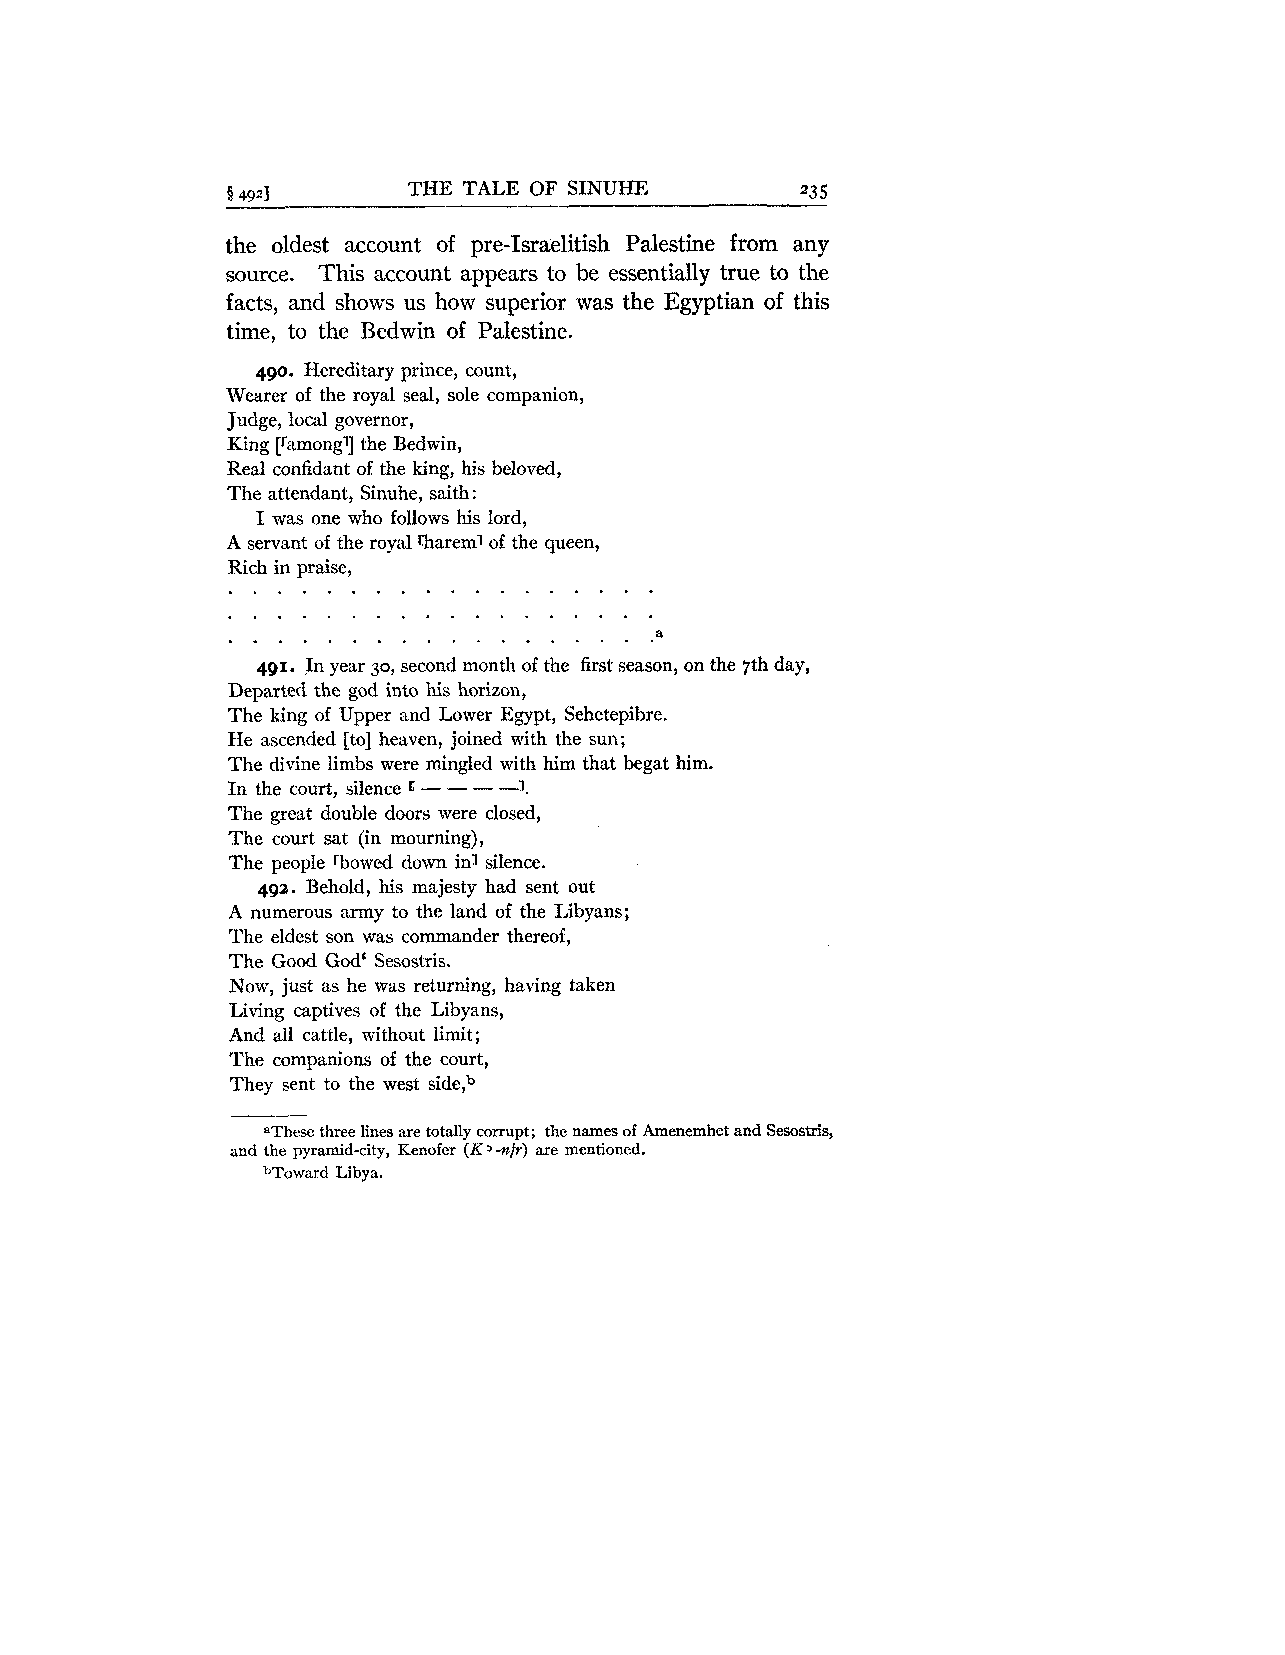
§ 4921      THE TALE OF SINUHE        23 5
 the oldest account of pre-Israelitish Palestine from any
 source. This account appears to be essentially true to the
 facts, and shows us how superior was the Egyptian of this
 time, to the Bedwin of Palestine.
 490. Hereditary prince, count,
 Wearer of the royal seal, sole companion,
 Judge, local governor,
 King [ramongl] the Bedwin,
 Real confidant of the king, his beloved,
 The attendant, Sinuhe, saith:
 I was one who follows his lord,
 A servant of the royal rhareml of the queen,
 Rich in praise,
 . . . . . . . . . . . . . . . . . .
 491. In year 30, second month of the first season, on the 7th day,
 Departed the god into his horizon,
 The king of Upper and Lower Egypt, Sehetepibre.
 He ascended [to] heaven, joined with the sun;
 The divine limbs were mingled with him that begat him.
 In the court, silence E - - - -1.
 The great double doors were closed,
 The court sat (in mourning),
 The people 'bowed down in] silence.
 492. Behold, his majesty had sent out
 A numerous army to the land of the Libyans;
 The eldest son was commander thereof,
 The Good God' Sesostris.
 Now, just as he was returning, having taken
 Living captives of the Libyans,
 And all cattle, without limit;
 The companions of the court,
 They sent to the west side,b
 "These three lines are totally corrupt; the names of Amenemhet and Sesostris,
 and the pyramid-city, Kenofer (K +fr) are mentioned.
 bToward Libya.